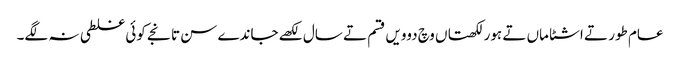
عام طور تے اشٹاماں تے ہور لکھتاں وچ دوویں قسم تے سال لکھے جاندے سن تانجے کوئی غلطی نہ لگے۔